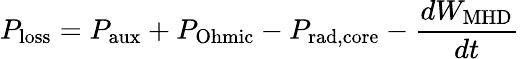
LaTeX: P_{\mathrm{loss}}=P_{\mathrm{aux}}+P_{\mathrm{Ohmic}}-P_{\mathrm{rad,core}}-\frac{dW_{\mathrm{MHD}}}{dt}